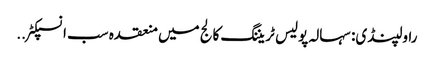
راولپنڈی: سہالہ پولیس ٹریننگ کالج میں منعقدہ سب انسپکٹر ..